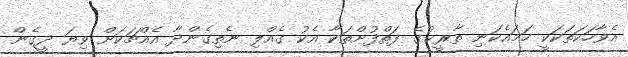
އެވާހަކަތަކަކީ ހަމައެކަނި ތާރީޚުގެ ފަތްފުށްތަކާ އެކު ގެއްލި ނެތިގެންދާ އެއްޗަކަށް ވިޔަ ދީގެން